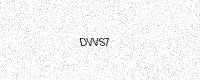
Text: DVVS7